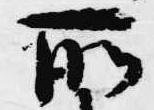
所